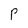
Character: P